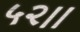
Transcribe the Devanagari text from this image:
५२।।